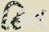
હિત